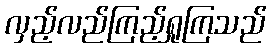
လှည့်လည်ကြည့်ရှုကြသည်